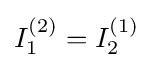
I_{1}^{(2)}=I_{2}^{(1)}